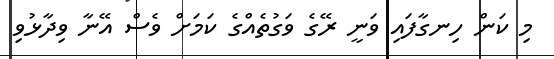
މި ކަން ހިނގާފައި ވަނީ ރޭގެ ވަގުތެއްގެ ކަމަށް ވެސް އޭނާ ވިދާޅުވި